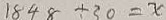
1 8 4 8 \div 3 0 = x